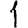
Digit: 1